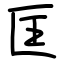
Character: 匡